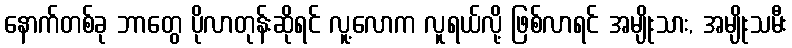
နောက်တစ်ခု ဘာတွေ ပိုလာတုန်းဆိုရင် လူ့လောက လူရယ်လို့ ဖြစ်လာရင် အမျိုးသား, အမျိုးသမီး